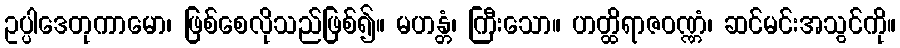
ဥပ္ပါဒေတုကာမော၊ ဖြစ်စေလိုသည်ဖြစ်၍။ မဟန္တံ၊ ကြီးသော။ ဟတ္ထိရာဇဝဏ္ဏံ၊ ဆင်မင်းအသွင်ကို။